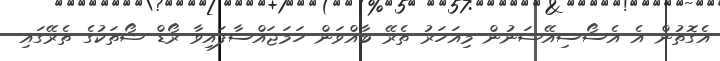
އެގޮތުން އެ އެސޯސިއޭޝަނުން މިއަހަރު ތެރޭ ބާއްވަން ހަމަޖައްސާފައިވާ ރޯޑް ޝޯތަކުގެ ތެރޭގައި